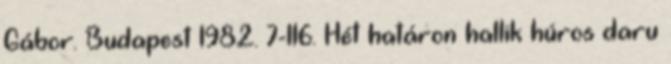
Gábor. Budapest 1982. 7-116. Hét határon hallik húros daru